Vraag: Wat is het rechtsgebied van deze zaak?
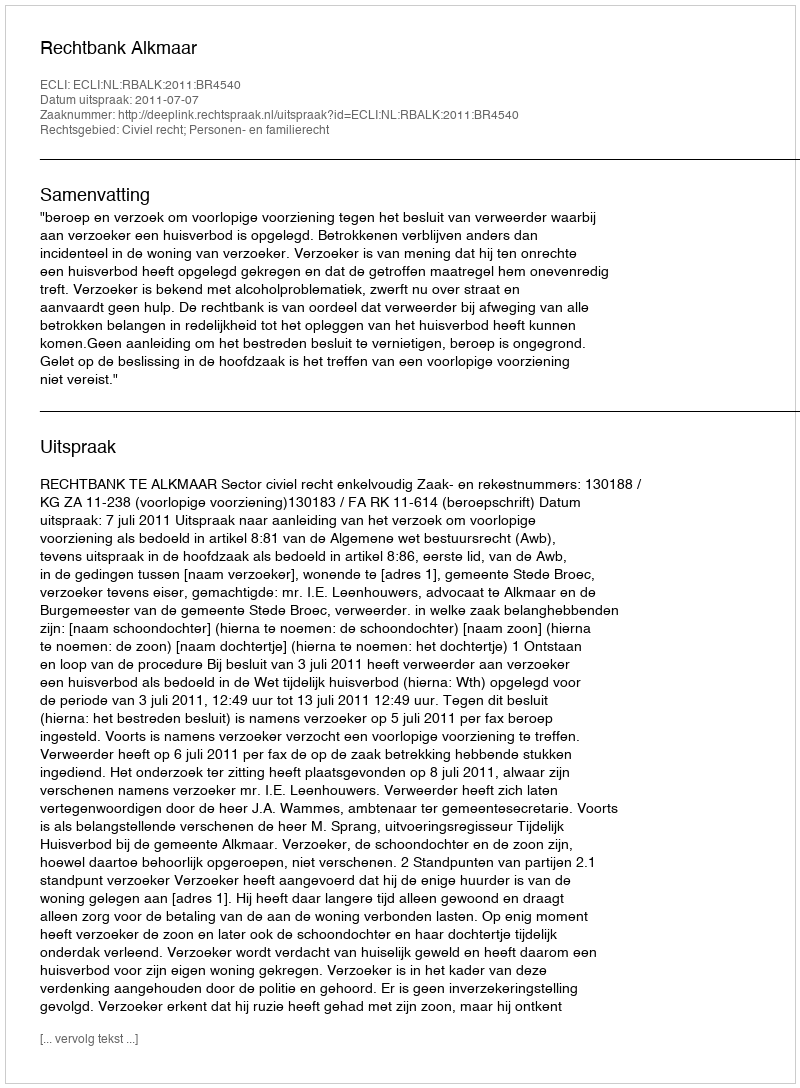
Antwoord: Civiel recht; Personen- en familierecht